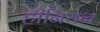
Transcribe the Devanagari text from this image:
हीनियन